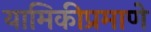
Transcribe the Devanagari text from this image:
यामिकीप्रमाणे